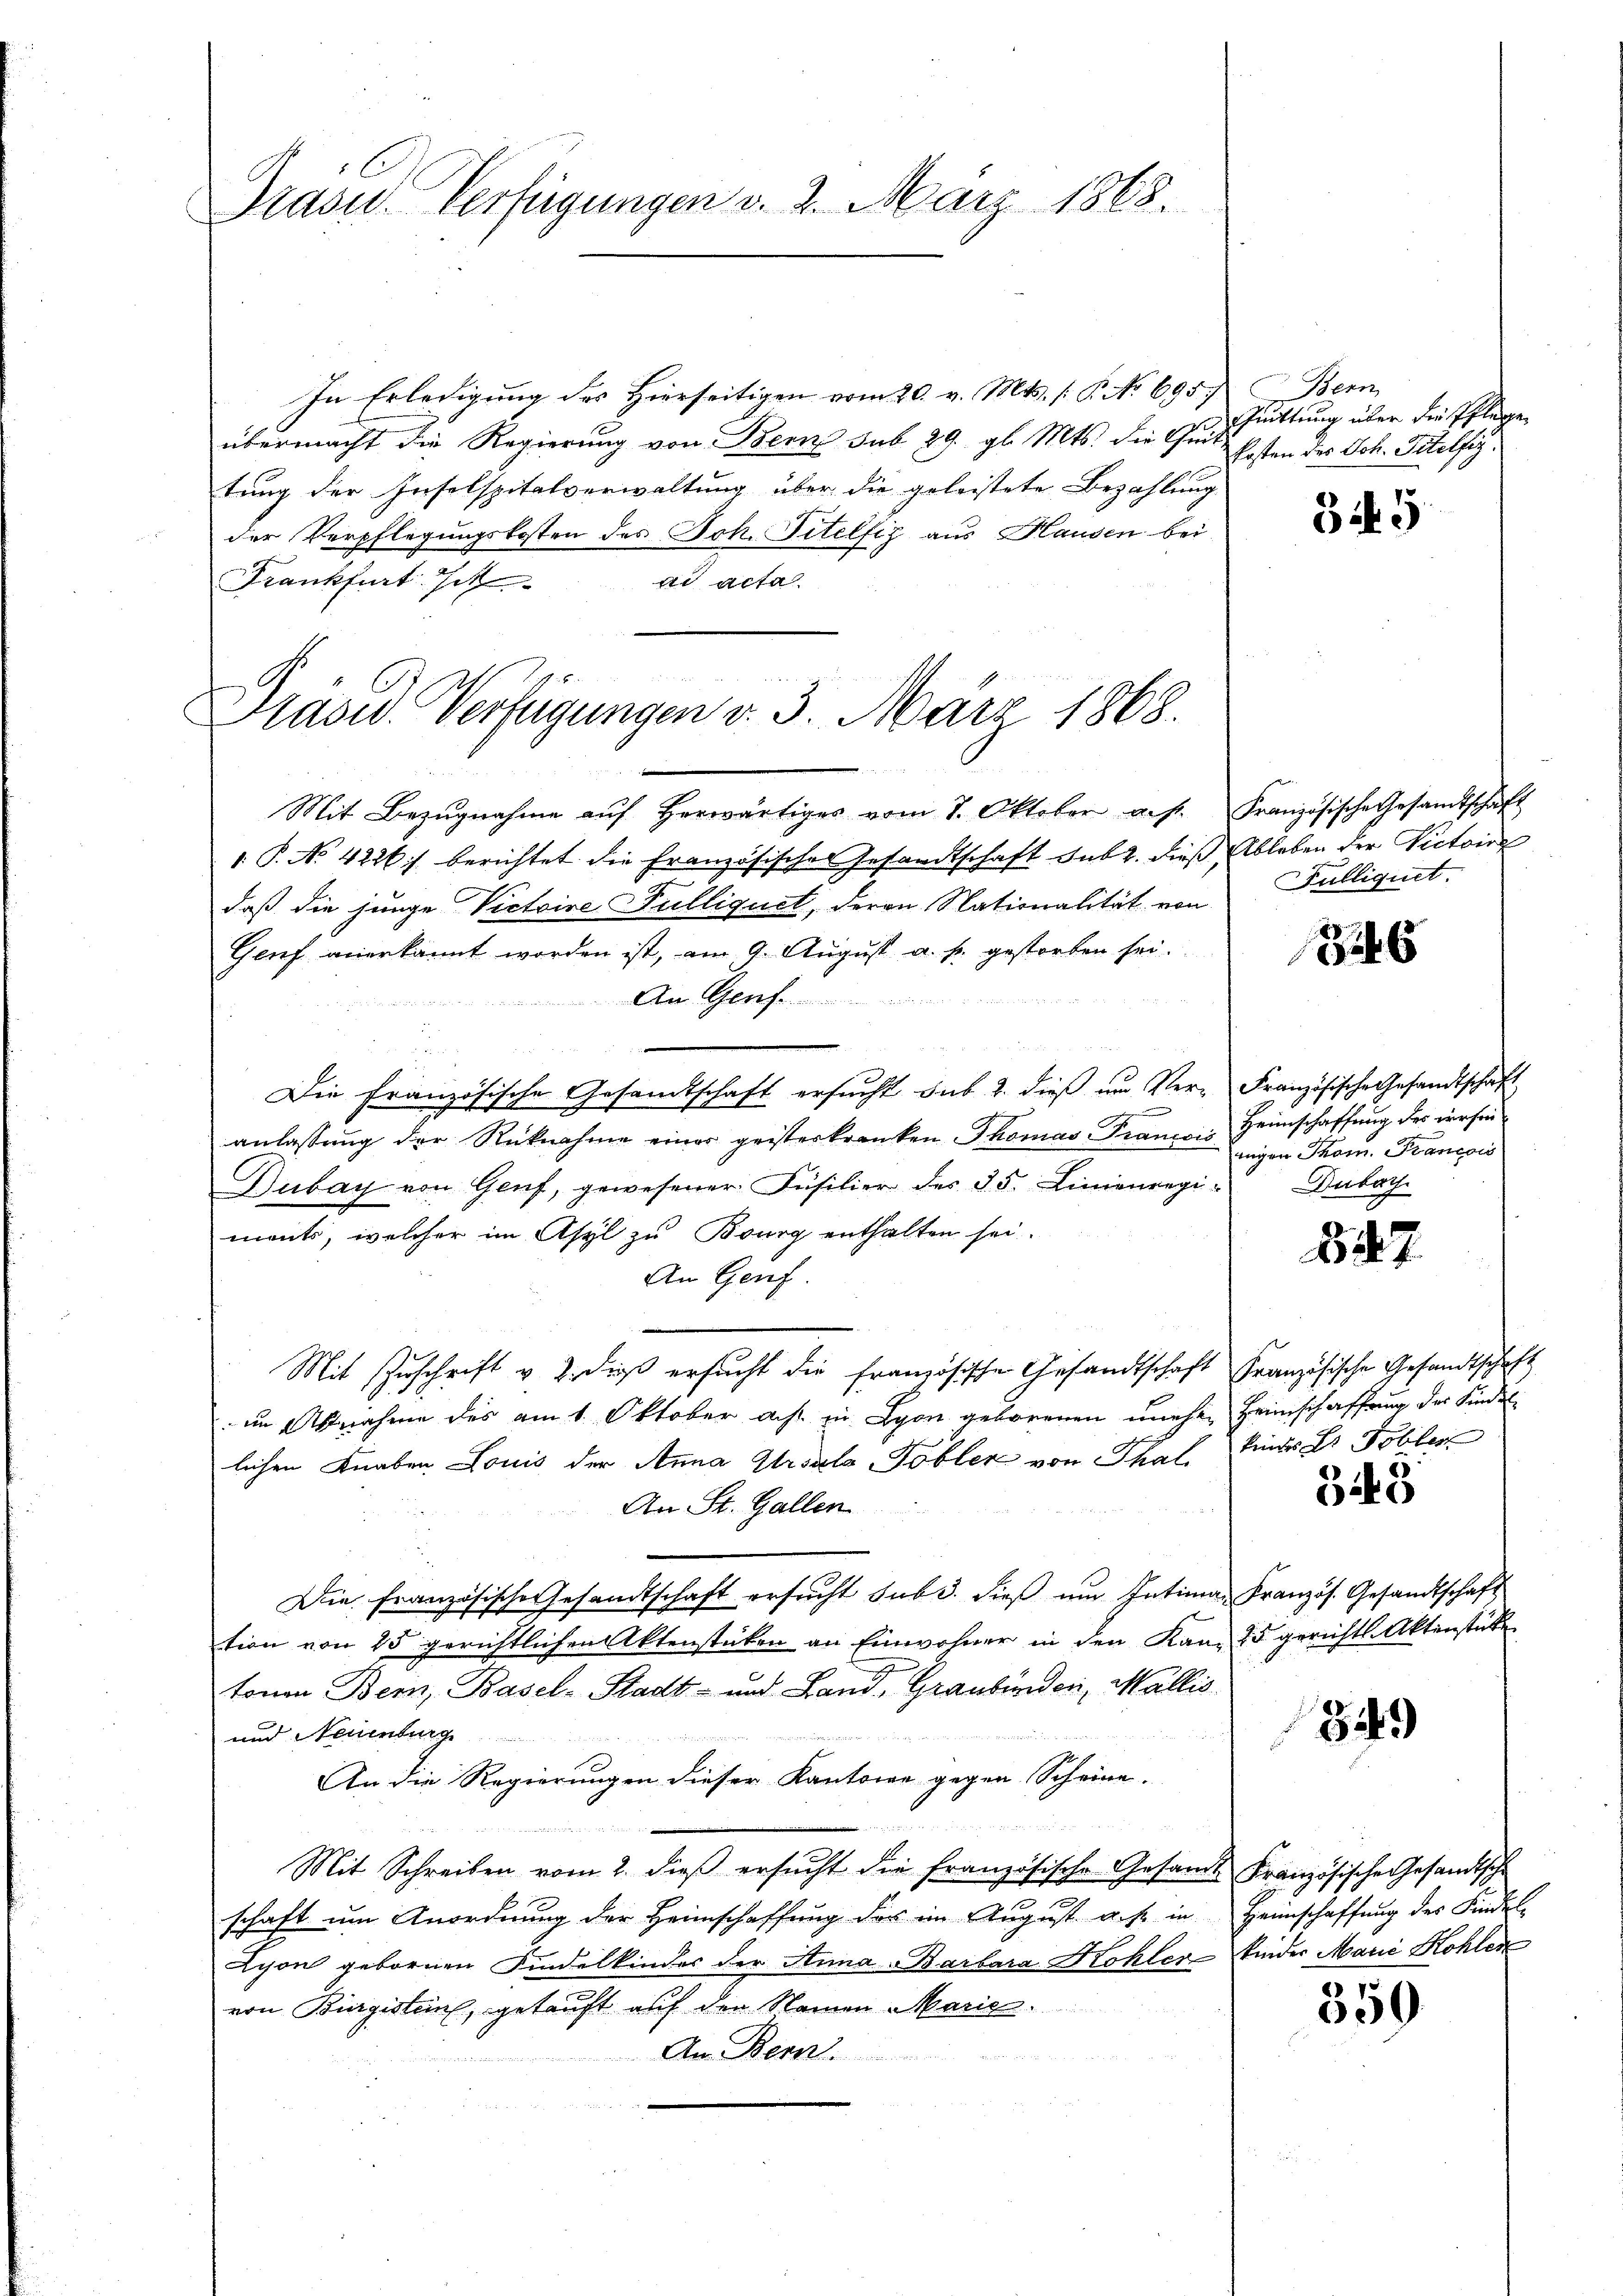
Drasu Verfügungen v. 2. März 1868.

In Erledigung des Hierseitigen vom 20. v. Mts. (: P. No 695. Bern,
übermacht die Regierung von Bern sub 29. gl. Mts. die Zeit,
tung der Inselspitalverwaltung über die geleistete Bezahlung
der Verpflegungskosten des Joh. Titelfiz aus Hausen bei
Frankfurt Ich
ad acta
Mit Bezŭgnahme aŭf herwärtiges vom 7. Oktober a. f. Französische Gesandtschaft
1 P. No 4226] berichtet die Französisches Gesandtschaft sub 2. dieß Ableben der Victoire
daß die junge Victoire Pulliquet, deren Nationalität von Pulliquit.
Genf anerkannt worden ist, am 9. August a. p. gestorben sei.
An Genf
Die Französische Gesandtschaft ersucht sub 2. dieß um Ver-Französische Gesandtschaft
anlassŭng der Rücknahme einer geisterkranken Thomas France. Heimschaffung des irrsen-
Dubay von Genf, gewesener Füsilier des 35. Linienregiments, welcher im Asyl zu Bourg enthalten sei.
An Genf.
Mit Zuschrift v. 2. dieß ersucht die französische Gesandtschaft Französische Gesandtschaft
in Abnahme des am 1. Oktober a.h. in Lyon geborenen unehen Heimschaffung des Kindel
lichen Knaben Louis der Anna Grodla Tobler von Thal, Kindes Dr. Tobler
An St. Gallen
Die Französische Gesandtschaft ersucht sub 3. dieß um Intima, Französ. Gesandtschaft
tion von 25 gerichtlichen Aktenstücken an Einwohner in den Kam 25 gerichts-Aktenstücke
tonen Bern, Basel-Stadt- und Land, Graubünden, Wallis
und Neuenburg
An die Regierungen dieser Kantone gegen Scheine.
Mit Schreiben vom 2. dieβ ersŭcht die französische Gesandt Französische Gesandtsche
schaft um Anordnung der Heimschaffung der im August a. f. in Heimschaffung des Kindel-
Lyon gebornen Findelkinder der Stima Barbara Kohler-Kinder Manić Kohlen
von Bürgisten, getauft auf den Namen Maris.
Am Bern

Pasid. Verfügungen d. 3. März 1868.

Quittung über die Pflegen
kosten des Joh. Titelfiz.

B 45

1826

nigen Thom. Francois
Dubach

347.

343

849

359